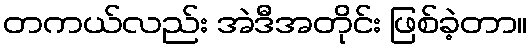
တကယ်လည်း အဲဒီအတိုင်း ဖြစ်ခဲ့တာ။